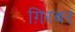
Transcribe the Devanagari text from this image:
ग़िरबर